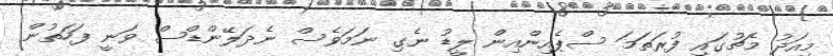
މިއަދު މެޗުގައި ފުރަތަމަ ސްޕެއިންއިން ލީޑު ނެގި ނަމަވެސް ނެދަލޭންޑްސް ވަނީ ފަހަތުން